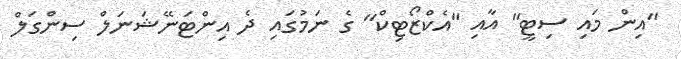
"އިން މައި ސިޓީ" އާއި "އެކްޒޯޓިކް" ގެ ނަމުގައި ދެ އިންޓަނޭޝަނަލް ސިންގަލް